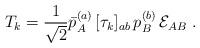
LaTeX: \begin{align*}T_k = {1 \over \sqrt{2}} \bar p_A^{(a)}\, [\tau_k]_{ab} \,p_B^{(b)} \,{\cal E}_{AB} \, \,.\end{align*}